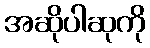
အဆိုပါဆုကို